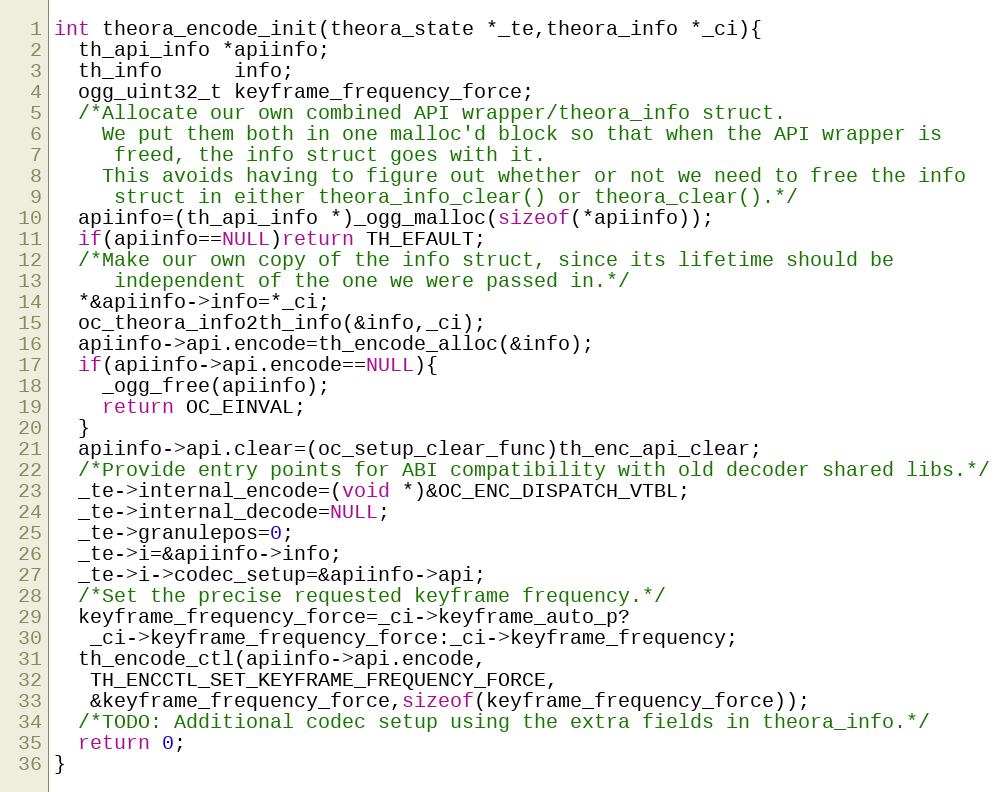
Language: C
int theora_encode_init(theora_state *_te,theora_info *_ci){
  th_api_info *apiinfo;
  th_info      info;
  ogg_uint32_t keyframe_frequency_force;
  /*Allocate our own combined API wrapper/theora_info struct.
    We put them both in one malloc'd block so that when the API wrapper is
     freed, the info struct goes with it.
    This avoids having to figure out whether or not we need to free the info
     struct in either theora_info_clear() or theora_clear().*/
  apiinfo=(th_api_info *)_ogg_malloc(sizeof(*apiinfo));
  if(apiinfo==NULL)return TH_EFAULT;
  /*Make our own copy of the info struct, since its lifetime should be
     independent of the one we were passed in.*/
  *&apiinfo->info=*_ci;
  oc_theora_info2th_info(&info,_ci);
  apiinfo->api.encode=th_encode_alloc(&info);
  if(apiinfo->api.encode==NULL){
    _ogg_free(apiinfo);
    return OC_EINVAL;
  }
  apiinfo->api.clear=(oc_setup_clear_func)th_enc_api_clear;
  /*Provide entry points for ABI compatibility with old decoder shared libs.*/
  _te->internal_encode=(void *)&OC_ENC_DISPATCH_VTBL;
  _te->internal_decode=NULL;
  _te->granulepos=0;
  _te->i=&apiinfo->info;
  _te->i->codec_setup=&apiinfo->api;
  /*Set the precise requested keyframe frequency.*/
  keyframe_frequency_force=_ci->keyframe_auto_p?
   _ci->keyframe_frequency_force:_ci->keyframe_frequency;
  th_encode_ctl(apiinfo->api.encode,
   TH_ENCCTL_SET_KEYFRAME_FREQUENCY_FORCE,
   &keyframe_frequency_force,sizeof(keyframe_frequency_force));
  /*TODO: Additional codec setup using the extra fields in theora_info.*/
  return 0;
}